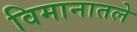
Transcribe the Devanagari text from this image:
विमानातले